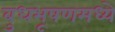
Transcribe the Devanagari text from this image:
बुधभूषणमध्ये